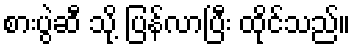
စားပွဲဆီ သို့ ပြန်လာပြီး ထိုင်သည်။